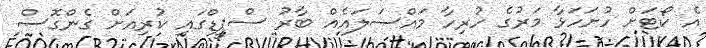
އެ ކޯޓަށް ހުށަހަޅާ މަރުގެ ހުރިހާ މައްސަލައެއް ބާރު ސްޕީޑްގައި ކުރިއަށް ގެންގޮސް